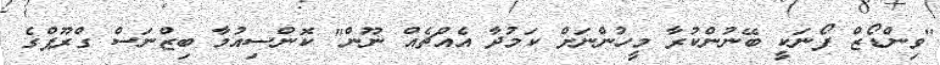
"ވިންޑޯޒް ފޯނަކީ ބޭނުންކުރާ މީހުންނަށް ކަމުދާ އެއްޗެއް ނޫން" ކޮންސިއުމާ ބިޒްނަސް ގްރޫޕްގެ